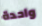
واحدة